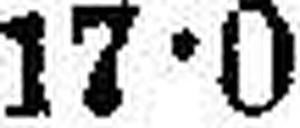
17•0